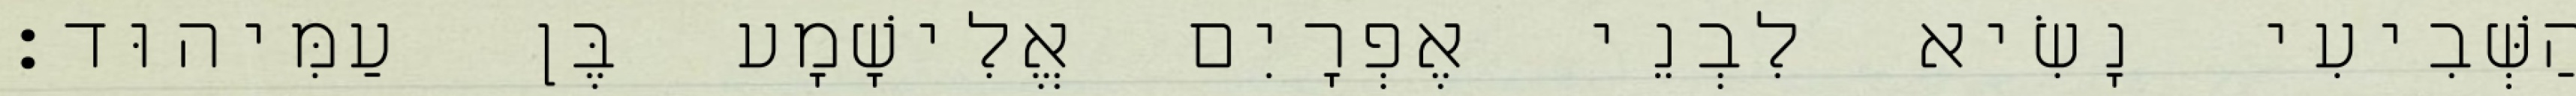
הַשְּׁבִיעִי נָשִׂיא לִבְנֵי אֶפְרָיִם אֱלִישָׁמָע בֶּן עַמִּיהוּד׃